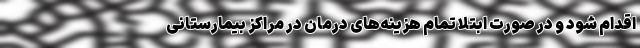
اقدام شود و در صورت ابتلا تمام هزینه‌های درمان در مراکز بیمارستانی